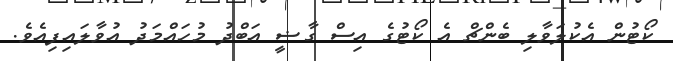
ކޯޓުން އެކުލަވާލި ބެންޗް އެ ކޯޓުގެ އިސް ގާޟީ އަބްދު މުހައްމަަދު އުވާލައިފިއެވެ.